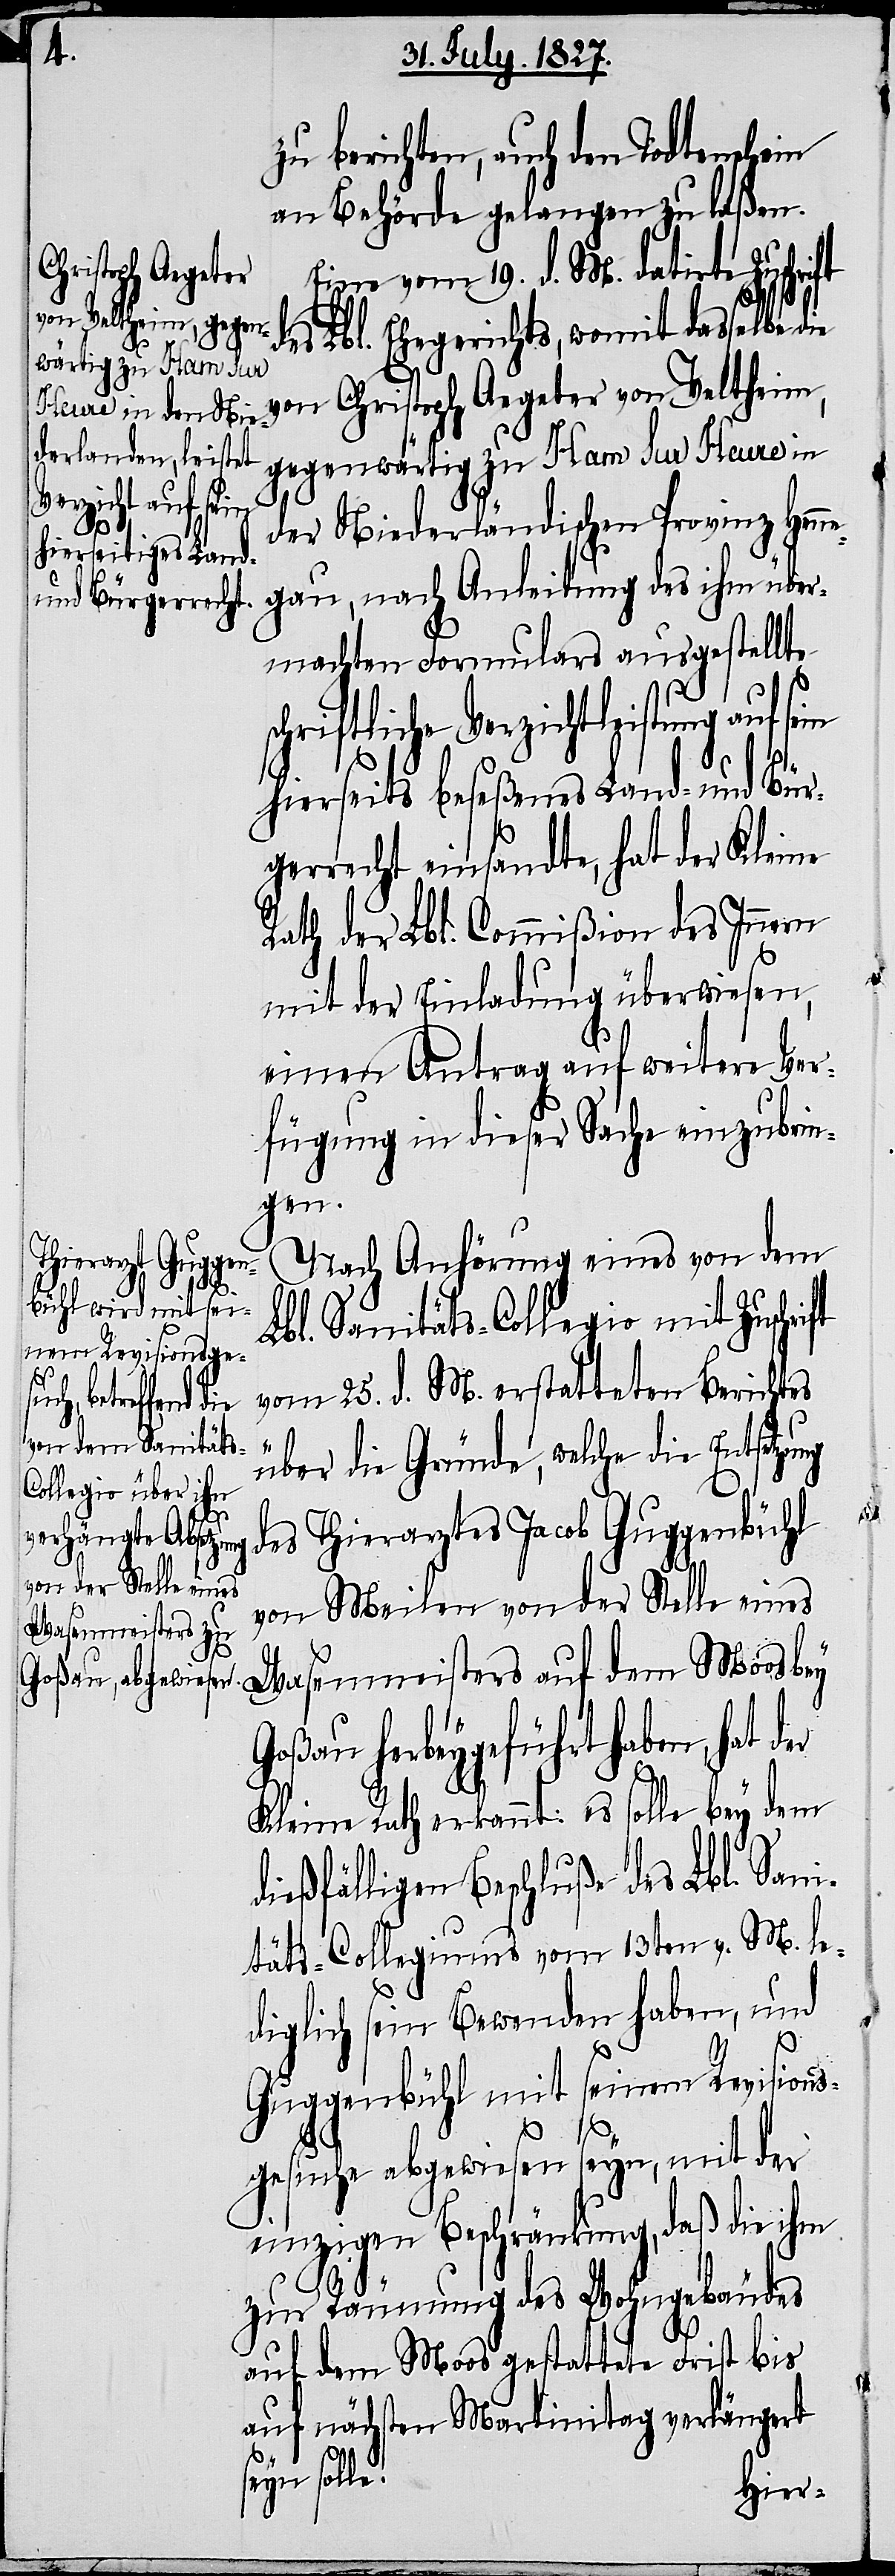
s¬
er

zu berichten, auch den Todtenschein
an Behörde gelangen zu laßen.
Eine vom 19. d. M. datirte
des Lbl. Ehegerichts, womit dasselbe die
von Christoph Aegeter von Veltheim,
gegenwärtig zu Ham Sur Heure in
der Niederländischen Provinz Henn¬
egau, nach Anleitung des ihm über¬
machten Formulars ausgestellte
chriftliche Verzichtleistung auf
hierseits beseßenes Land- und Bür¬
gerrecht einsandte, hat der Kleine
Rath der Lbl. Commißion des Innern
mit der Einladung überwiesen,
einen Antrag auf weitere Ver¬
fügung in dieser Sache einzubrin¬
gen.
Nach Anhörung eines von dem
Lbl. Sanitäts-Collegio mit Zuschrift
vom 25. d. M. erstatteten Berichtes
über die Gründe, welche die Entsetzu¬
des Thierarztes Jacob Guggenbühl
von Meilen von der Stelle eines
Wasenmeisters auf dem Moos bey
Goßau herbeygeführt haben, hat d¬
Kleine Rath erkannt: es solle bey dem
ießfälligen Beschluße des Lbl. Sani¬
täts-Collegium vom 13ten v. M. le¬
diglich sein Bewenden haben, und
Guggenbühl mit seinem Revisions¬
sein
gesuche abgewiesen seyn, mit der
einzigen Beschränkung, daß die ihm
zur Räumung des Wohngebäudes
auf dem Moos gestattete Frist bis
auf nächsten Martinitag verlängert
eyn solle.

ng